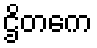
ဌိတကေ